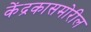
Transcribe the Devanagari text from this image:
केंद्रकासमोरील